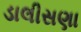
ડાલીસણા